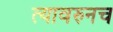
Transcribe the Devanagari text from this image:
त्यावरुनच